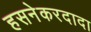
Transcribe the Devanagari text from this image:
हसनेकरदादा